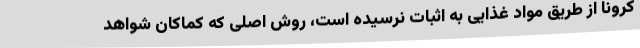
کرونا از طریق مواد غذایی به اثبات نرسیده است، روش اصلی که کماکان شواهد